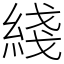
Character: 綫